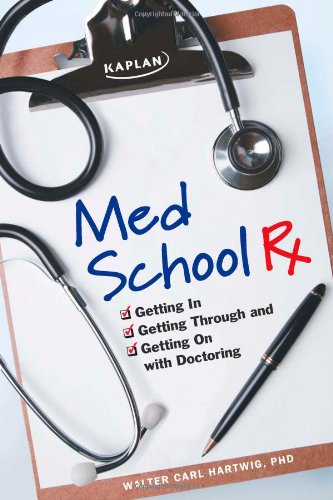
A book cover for Med School Rx: Getting In, Getting Through, and Getting On with Doctoring; Walter Hartwig; Education & Teaching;